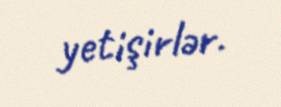
yetişirlər.